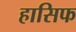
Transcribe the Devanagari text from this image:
हासिफ